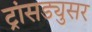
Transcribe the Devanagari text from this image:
ट्रांसड्युसर